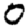
Digit: 0